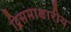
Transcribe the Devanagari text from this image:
द्विसमाक्षारीय